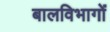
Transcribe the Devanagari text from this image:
बालविभागों